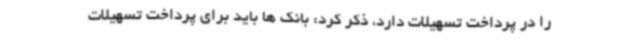
را در پرداخت تسهیلات دارد، ذکر کرد: بانک ها باید برای پرداخت تسهیلات